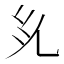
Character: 𭀜